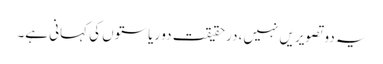
یہ دو تصویریں نہیں، درحقیقت دو ریاستوں کی کہانی ہے۔